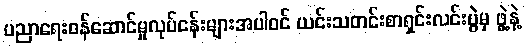
ပညာရေးဝန်ဆောင်မှုလုပ်ငန်းများအပါဝင် ယင်းသတင်းစာရှင်းလင်းပွဲမှ ဖွဲ့နဲ့